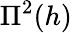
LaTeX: \Pi^{2}(h)